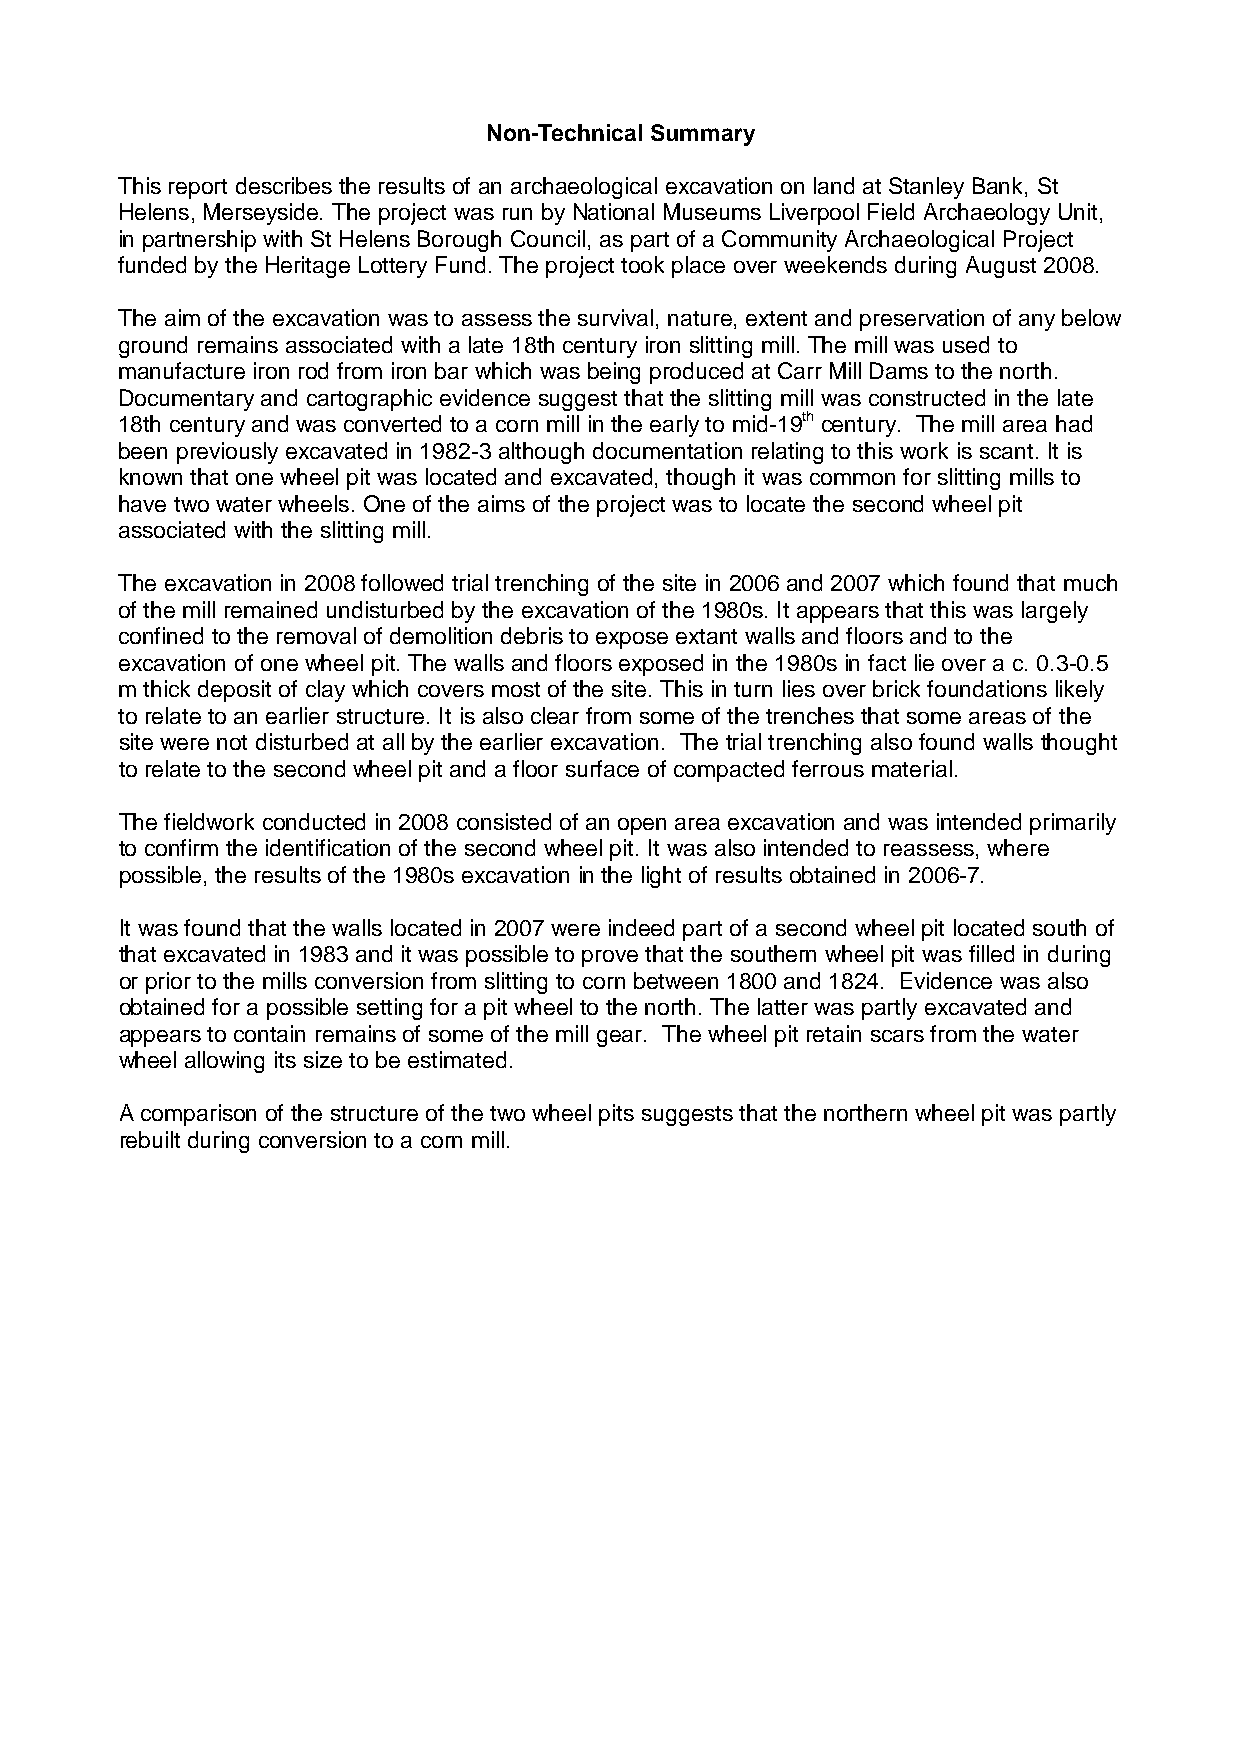
Non-Technical Summary
 This report describes the results of an archaeological excavation on land at Stanley Bank, St
 Helens, Merseyside. The project was run by National Museums Liverpool Field Archaeology Unit,
 in partnership with St Helens Borough Council, as part of a Community Archaeological Project
 funded by the Heritage Lottery Fund. The project took place over weekends during August 2008.
 The aim of the excavation was to assess the survival, nature, extent and preservation of any below
 ground remains associated with a late 18th century iron slitting mill. The mill was used to
 manufacture iron rod from iron bar which was being produced at Carr Mill Dams to the north.
 Documentary and cartographic evidence suggest that the slitting mill was constructed in the late
 18th century and was converted to a corn mill in the early to mid-19th century. The mill area had
 been previously excavated in 1982-3 although documentation relating to this work is scant. It is
 known that one wheel pit was located and excavated, though it was common for slitting mills to
 have two water wheels. One of the aims of the project was to locate the second wheel pit
 associated with the slitting mill.
 The excavation in 2008 followed trial trenching of the site in 2006 and 2007 which found that much
 of the mill remained undisturbed by the excavation of the 1980s. It appears that this was largely
 confined to the removal of demolition debris to expose extant walls and floors and to the
 excavation of one wheel pit. The walls and floors exposed in the 1980s in fact lie over a c. 0.3-0.5
 m thick deposit of clay which covers most of the site. This in turn lies over brick foundations likely
 to relate to an earlier structure. It is also clear from some of the trenches that some areas of the
 site were not disturbed at all by the earlier excavation. The trial trenching also found walls thought
 to relate to the second wheel pit and a floor surface of compacted ferrous material.
 The fieldwork conducted in 2008 consisted of an open area excavation and was intended primarily
 to confirm the identification of the second wheel pit. It was also intended to reassess, where
 possible, the results of the 1980s excavation in the light of results obtained in 2006-7.
 It was found that the walls located in 2007 were indeed part of a second wheel pit located south of
 that excavated in 1983 and it was possible to prove that the southern wheel pit was filled in during
 or prior to the mills conversion from slitting to corn between 1800 and 1824. Evidence was also
 obtained for a possible setting for a pit wheel to the north. The latter was partly excavated and
 appears to contain remains of some of the mill gear. The wheel pit retain scars from the water
 wheel allowing its size to be estimated.
 A comparison of the structure of the two wheel pits suggests that the northern wheel pit was partly
 rebuilt during conversion to a corn mill.